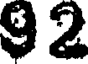
92